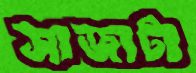
সাজাটা